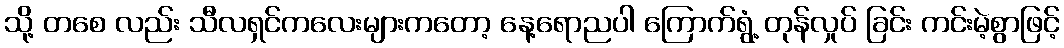
သို့ တစေ လည်း သီလရှင်ကလေးများကတော့ နေ့ရောညပါ ကြောက်ရွံ့ တုန်လှုပ် ခြင်း ကင်းမဲ့စွာဖြင့်